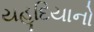
યહૂદિયાનો